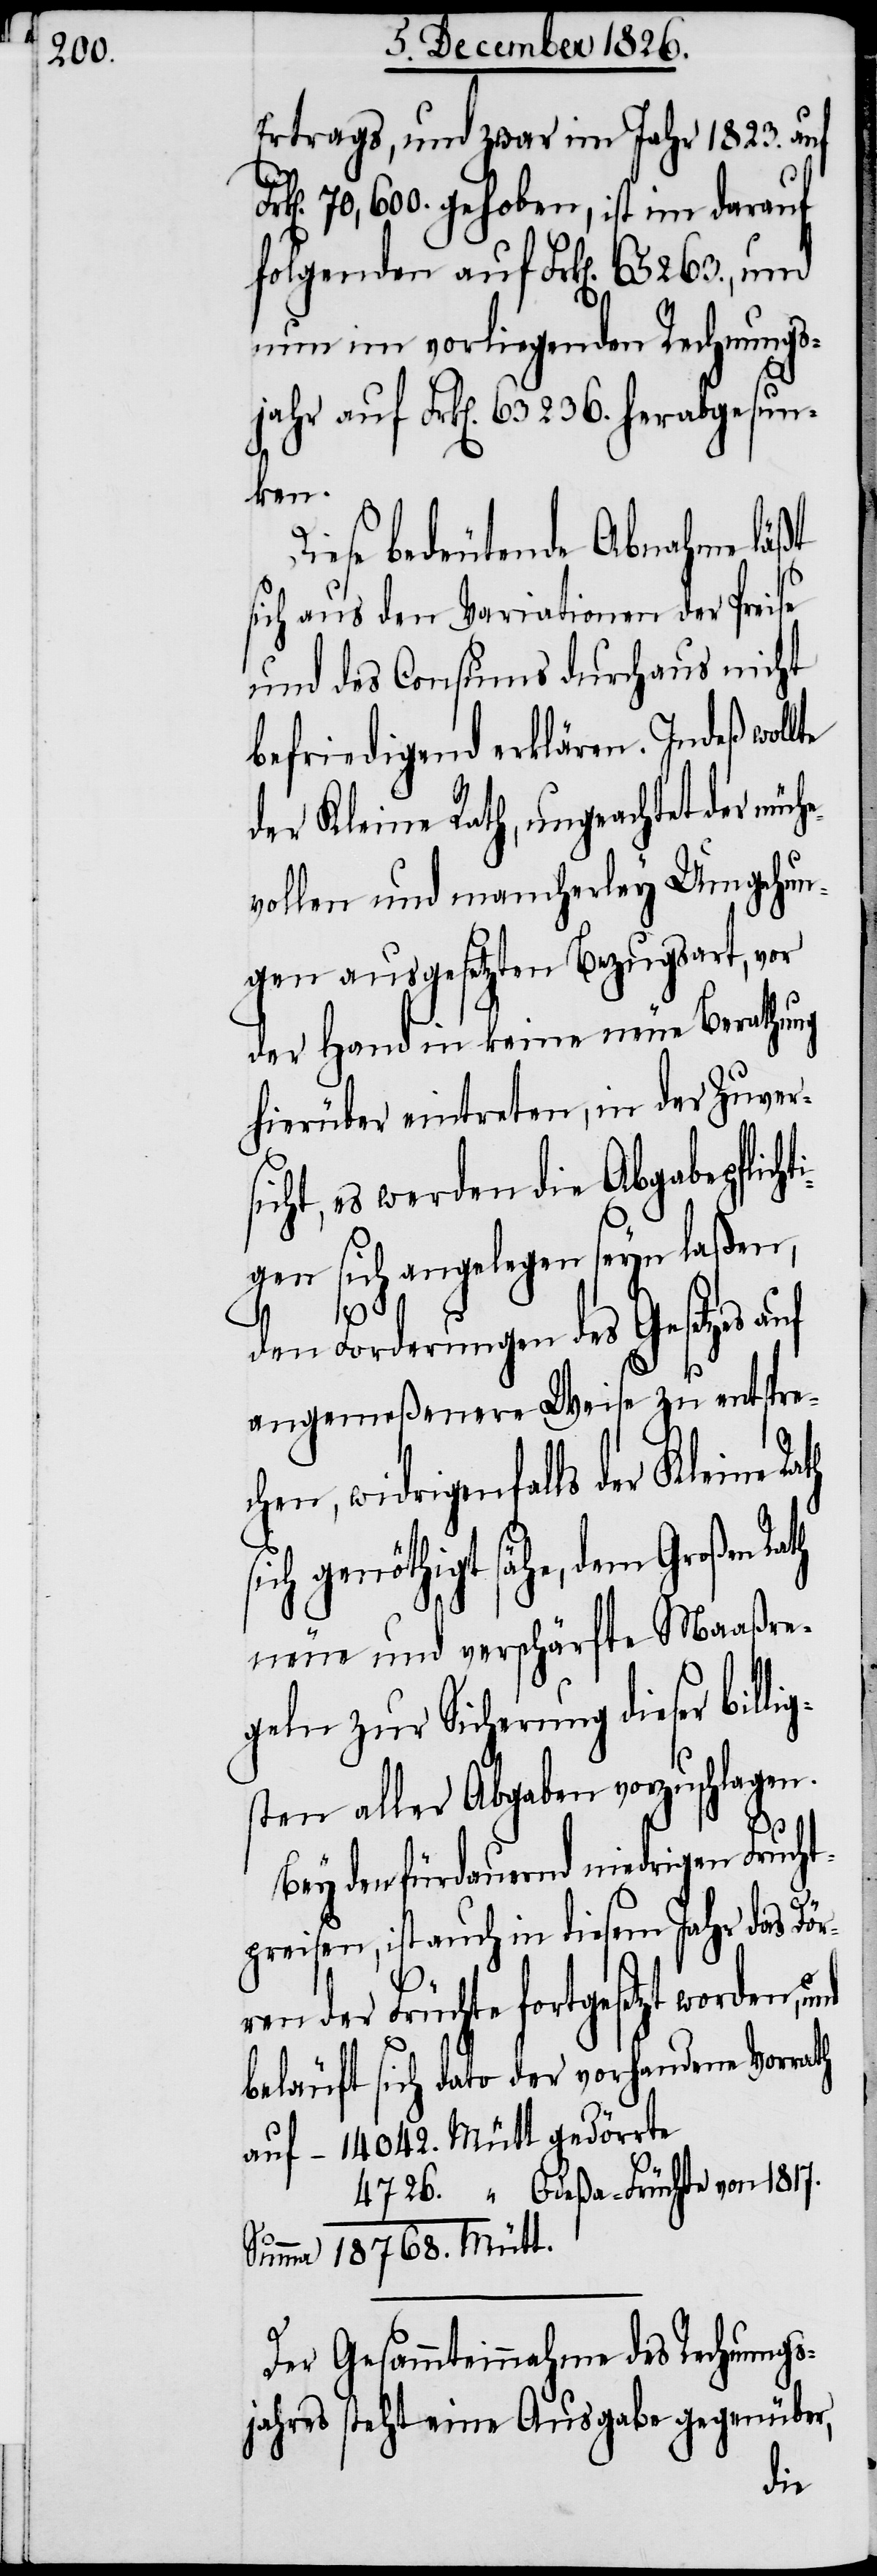
Ertrags, und zwar im Jahr 1823. auf
70,600. gehoben, ist im darauf
folgenden auf Frk[en]. 65 263., und
nun im vorliegenden Rechnungs¬
jahr auf Frk[en]. 63,236. herabgesun¬
ken.
Diese bedeutende Abnahme läßt
sich aus den Variationen der Preise
und des Consums durchaus nicht
befriedigend erklären. Indeß wollte
der Kleine Rath, ungeachtet der mühe¬
vollen und mancherley Umgehun¬
gen ausgesetzten Bezugsart, vor
der Hand in keine neue Berathung
hierüber eintreten, in der Zuver¬
icht, es werden die Abgabepflicht¬
igen sich angelegen seyn laßen,
1817.
von
s¬
den Forderungen des Gesetzes auf
angemeßenere Weise zu entspre¬
chen, widrigenfalls der Kleine Ra¬
sähe, dem Großen
neue und verschärfte Maaßre¬
geln zur Sicherung dieser bil¬
sten aller Abgaben vorzuschlagen.
den fürdauernd niedrigen Fruch¬
tpreisen, ist auch in diesem Jahr das Dör¬
ren der Früchte fortgesetzt worden, und
beläuft sich dato der vorhandene Vorrath
Der Gesammteinnahme des Rechnungs¬
jahres steht eine Ausgabe gegenüber,
lig¬